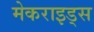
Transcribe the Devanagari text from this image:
मेकराइड्स